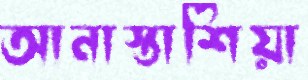
আনাস্তাশিয়া